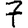
Digit: 7